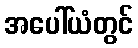
အပေါ်ယံတွင်